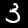
Label: 3